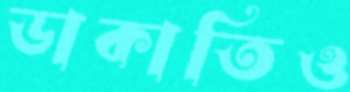
ডাকাতিও